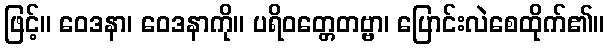
ဖြင့်။ ဝေဒနာ၊ ဝေဒနာကို။ ပရိဝတ္တေတဗ္ဗာ၊ ပြောင်းလဲစေထိုက်၏။